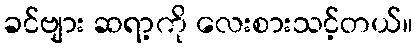
ခင်ဗျား ဆရာ့ကို လေးစားသင့်တယ်။